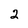
Character: 2